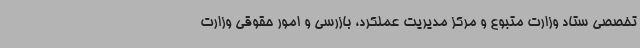
تخصصی ستاد وزارت متبوع و مرکز مدیریت عملکرد، بازرسی و امور حقوقی وزارت